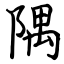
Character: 隅